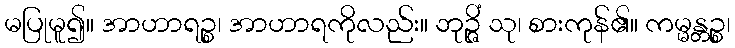
မပြုမူ၍။ အာဟာရဉ္စ၊ အာဟာရကိုလည်း။ ဘုဉ္ဇိံ သု၊ စားကုန်၏။ ကမ္မန္တဉ္စ၊